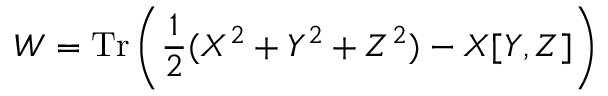
W = \mathrm { T r } \left( \frac { 1 } { 2 } ( X ^ { 2 } + Y ^ { 2 } + Z ^ { 2 } ) - X [ Y , Z ] \right)